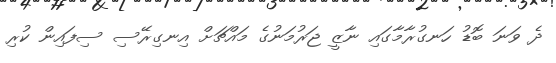
ދެ ވަނަ ބޮޑު ހަނގުރާމާގައި ނާޒީ ޖަރުމަނުގެ މައްޗަށް އިނގިރޭސި ސިފައިން ކުރި